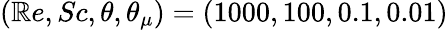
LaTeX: (\mathbb{R}e,Sc,\theta,\theta_{\mu})=(1000,100,0.1,0.01)